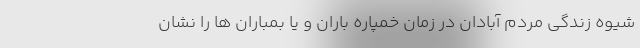
شیوه زندگی مردم آبادان در زمان خمپاره باران و یا بمباران ها را نشان